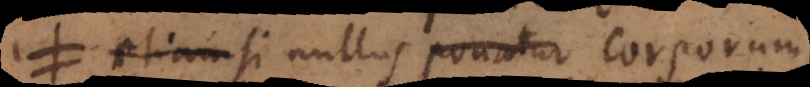
tamen si nullus poneretur corporum